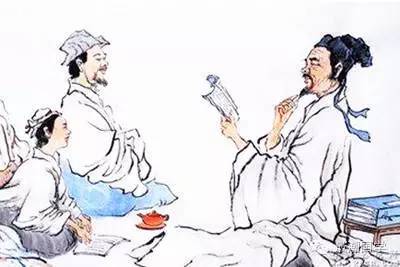
人不博览者，不闻古今，不见事类，不知然否，犹目盲耳聋鼻痈者也。